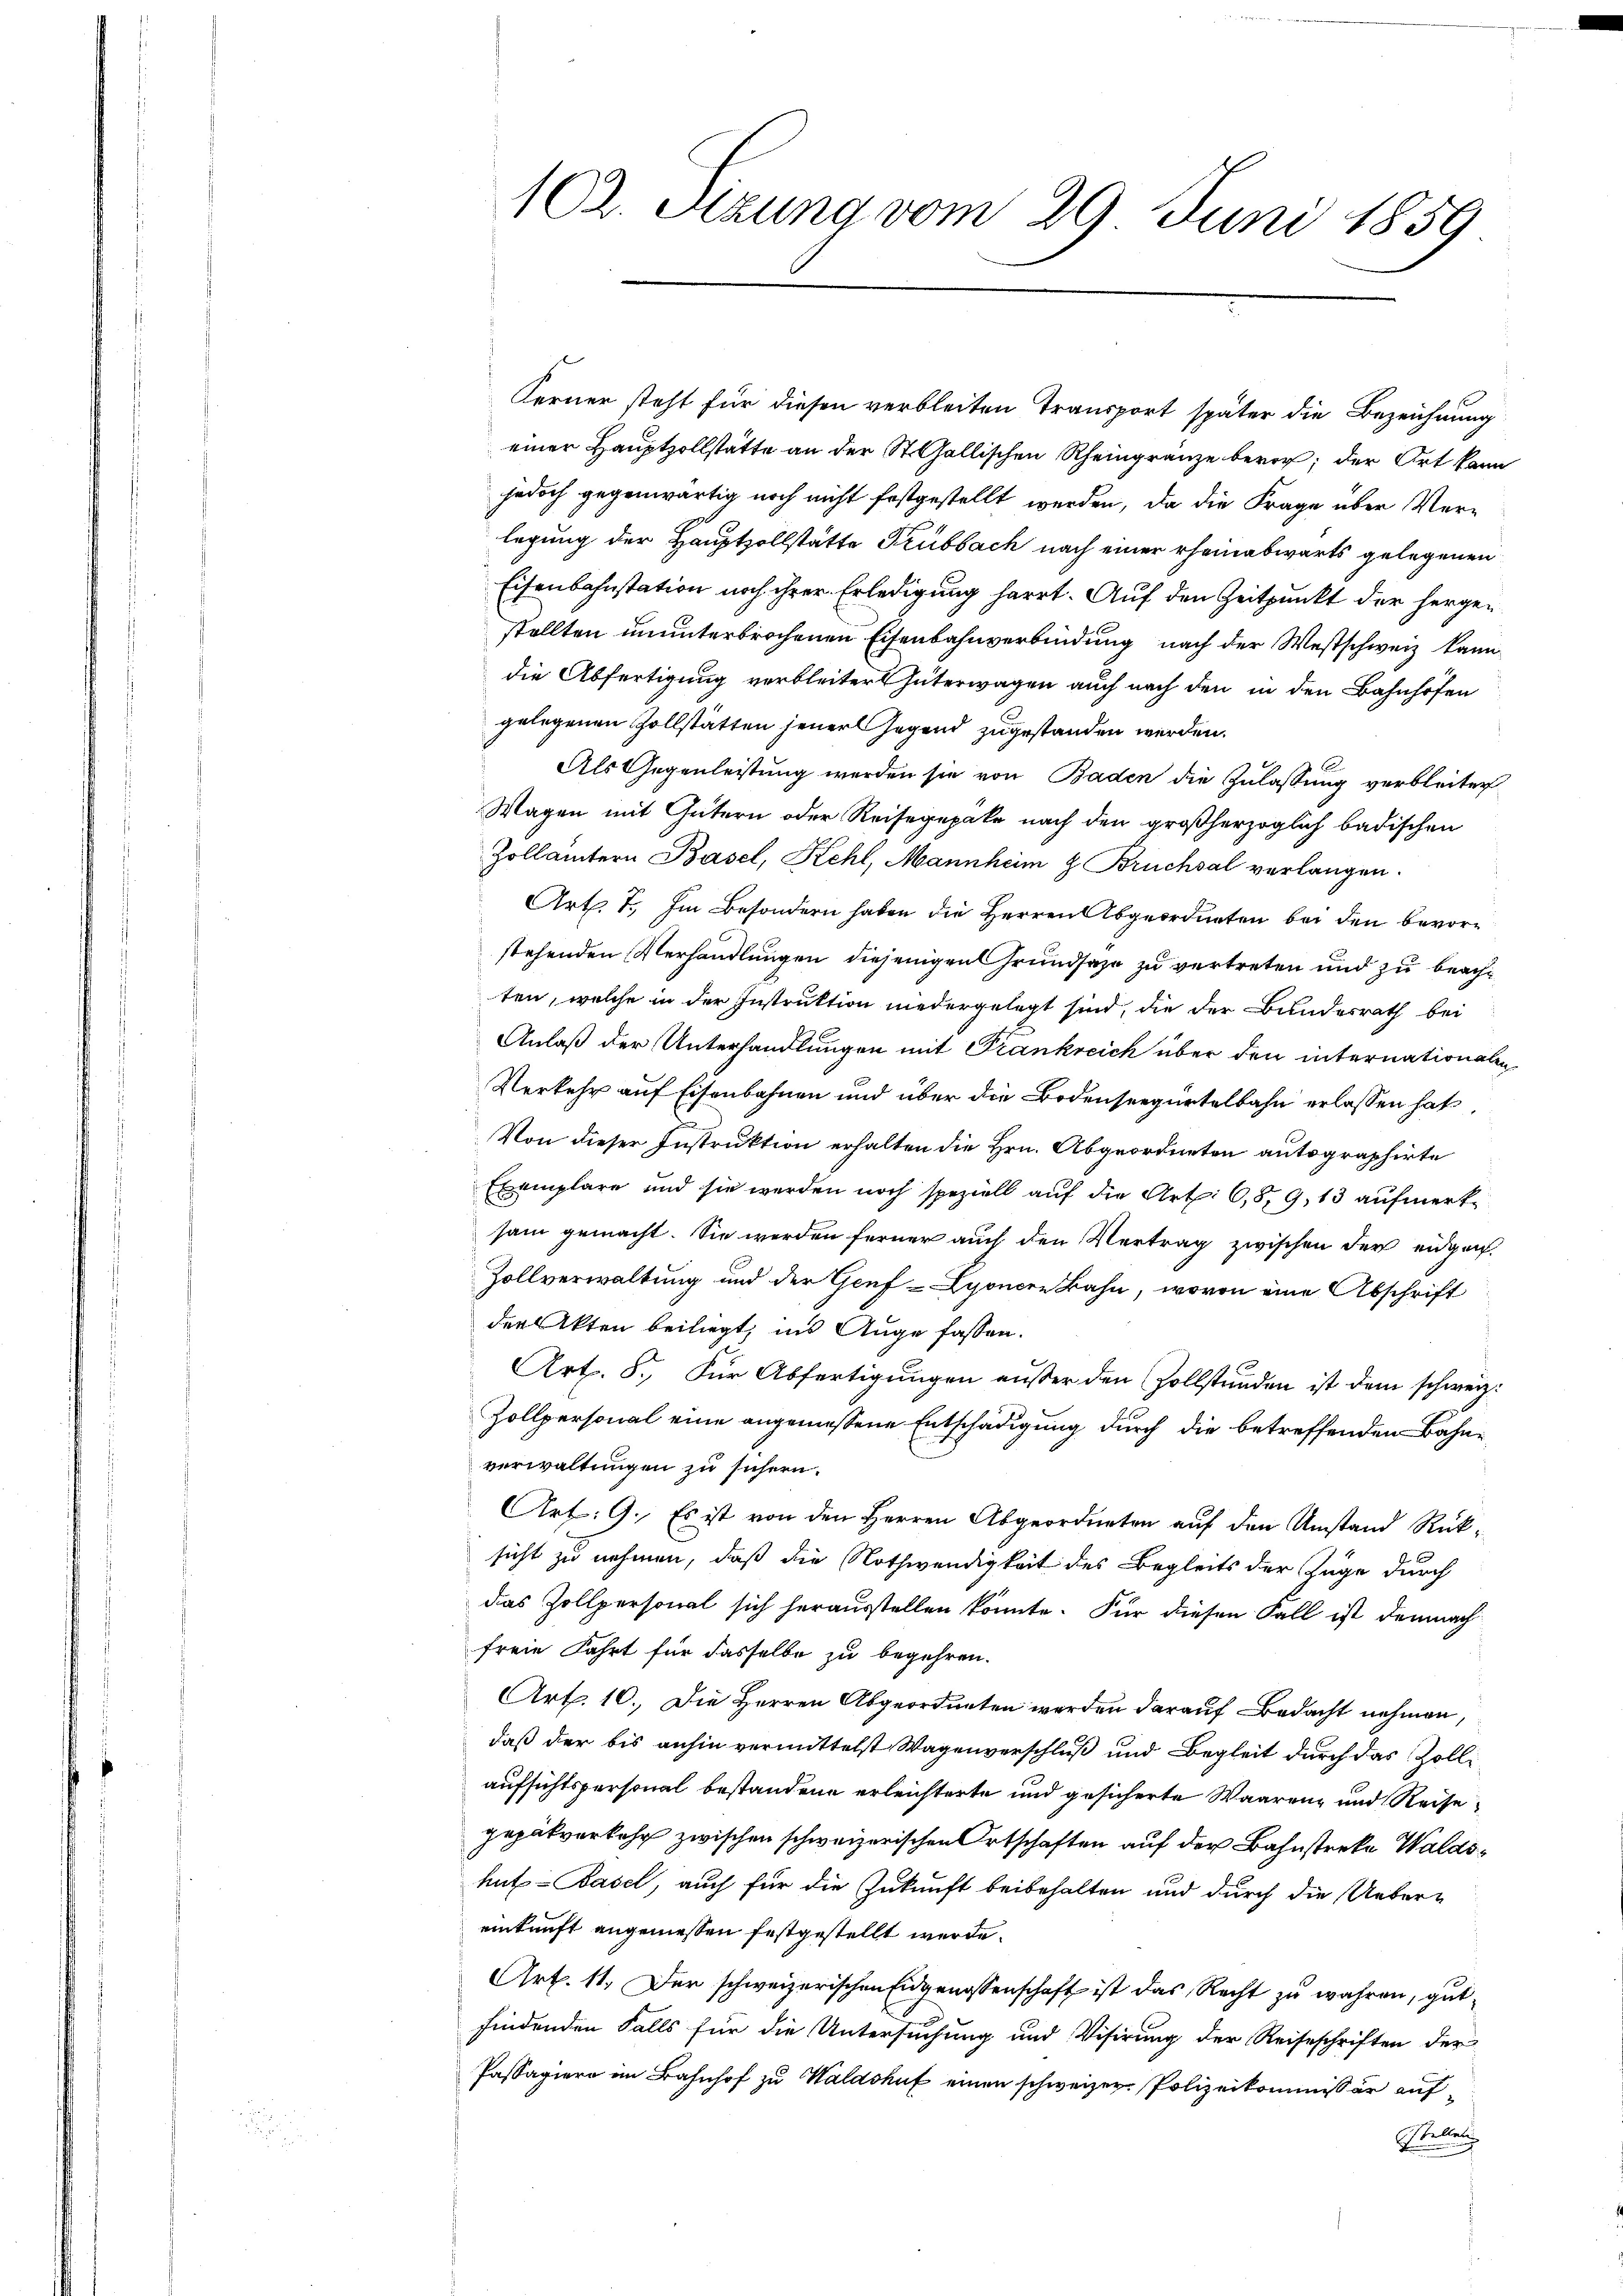
102. Sitzung vom 29 Juni 1859.

Ferner steht für diesen verbleiten Transport später die Bezeichnung
einer Hauptzollstätte an der St. Gallischen Rheingränze bevor; der Ort kann
jedoch gegenwärtig noch nicht festgestellt werden, da die Frage über Verlegung der Hauptzollstätte Trübbach nach einer rheinabwärts gelegenen
Eisenbahnstation noch ihrer Erledigung harrt. Auf den Zeitpunkt der hergestellten ununterbrochenen Eisenbahnverbindung nach der Westschweiz kanndie Abfertigung verbleitert hüterwagen auch nach den in den Bahnhöfen
gelegenen Zollstätten jener Jegend zugestanden werden.
Als Gegenleistung werden sie von Baden die Zulassung verbleiter
Wagen mit Gütern oder Reisegepake nach den großherzoglich badischen
Zollämtern Basel, Kehl, Mannheim & Bruchsal verlangen.
Art. 7. Im Besondern haben die Herren Abgeordneten bei den bevorstehenden Verhandlungen diejenigen Grundsaze zu vertreten und zu beachten, welche in der Instruktion niedergelegt sind, die der Bundesrath bei
Anlaß der Unterhandlungen mit Frankreich über den internationalen
Verkehr auf Eisenbahnen und über die Bodenseegürtelbahn erlassen hat
Von dieser Instruktion erhalten die Hrn. Abgeordneten autographirte
Exemplare und sie werden noch speziell auf die Art. 68, 9, 13 aufmerksam gemacht. Sie werden ferner auch den Vertrag zwischen der eidgen.
Zollverwaltung und der Genf - Lyonere Bahn, wovon eine Abschrift
der Akten beiliegt, ins Auge fassen.
Art. 8. Für Abfertigungen außer den Zollständen ist dem schweiz.
Zollpersonal eine angemessene Entschädigung durch die betreffenden Bahnverwaltungen zu sichern.
Art. 9. Es ist von den Herren Abgeordneten auf den Umstand Rüksicht zu nehmen, daß die Nothwendigkeit des Begleits der Zuge durch
das Zollpersonal sich herausstellen könnte. Für diesen Fall ist demnach
freie Fahrt für dasselbe zu begehren.
Art. 10. Die Herren Abgeordneten werden darauf Bedacht nehmen,
daß der bis anhin vermittelst Wagenverschluß und Begleit durch das Zollaufsichtspersonal bestandene erleichterte und gesicherte Waarenz und Reisegepätverkehr zwischen schweizerischen Ortschaften auf der Bahnstreke Waldshut-Basel, auch für die Zukunft beibehalten und durch die Uebereinkunft angeniessen festgestellt werde.
Art. 11. Der schweizerischen Eidgenossenschaft ist das Recht zu wahren, gutfindenden Falls für die Untersuchung und Visirung der Reiseschriften der
Passagiere im Bahnhof zu Waldshuf einen schweizer Polizeikommissär auf¬
Stellen